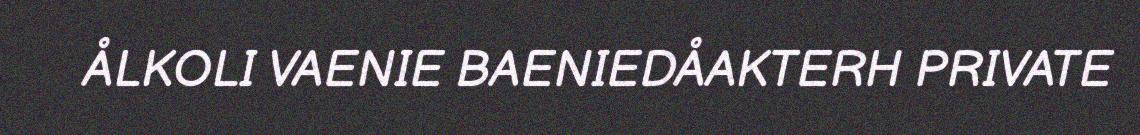
ÅLKOLI VAENIE BAENIEDÅAKTERH PRIVATE